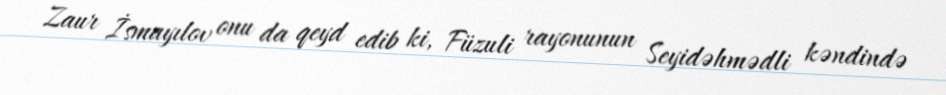
Zaur İsmayılov onu da qeyd edib ki, Füzuli rayonunun Seyidəhmədli kəndində